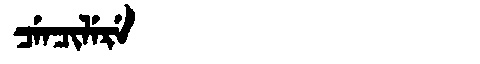
Manchu: ᠴᡝᠨᠴᡳᠯᡝᡵᡝ
Romanization: CENCILERE